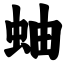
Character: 蚰